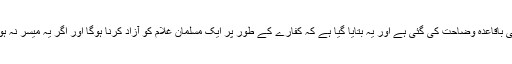
اسی طرح کفارے کی مختلف صورتوں کی بھی باقاعدہ وضاحت کی گئی ہے اور یہ بتایا گیا ہے کہ کفارے کے طور پر ایک مسلمان غلام کو آزاد کرنا ہوگا اور اگر یہ میسر نہ ہو تو دو ماہ کے مسلسل روزے رکھنا ہوں گے۔